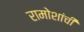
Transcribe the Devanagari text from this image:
रामोशांची